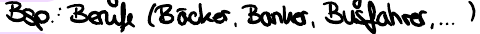
Bsp.: Berufe (Bäcker, Banker, Busfahrer,...),,,